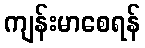
ကျန်းမာစေရန်